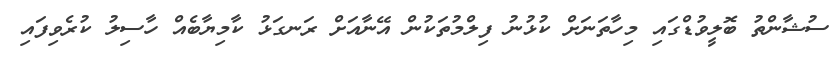
ސުޝާންތު ބޮލީވުޑްގައި މިހާތަނަށް ކުޅުނު ފިލްމުތަކުން އޭނާއަށް ރަނގަޅު ކާމިޔާބެއް ހާސިލު ކުރެވިފައި